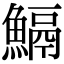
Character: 𩹺